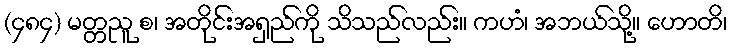
(၄၈၄) မတ္တညူ စ၊ အတိုင်းအရှည်ကို သိသည်လည်း။ ကဟံ၊ အဘယ်သို့။ ဟောတိ၊